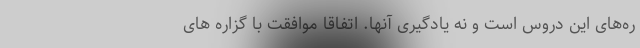
ره‌های این دروس است و نه یادگیری آنها. اتفاقا موافقت با گزاره های